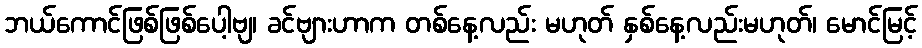
ဘယ်ကောင်ဖြစ်ဖြစ်ပေါ့ဗျ၊ ခင်ဗျားဟာက တစ်နေ့လည်း မဟုတ် နှစ်နေ့လည်းမဟုတ်၊ မောင်မြင့်